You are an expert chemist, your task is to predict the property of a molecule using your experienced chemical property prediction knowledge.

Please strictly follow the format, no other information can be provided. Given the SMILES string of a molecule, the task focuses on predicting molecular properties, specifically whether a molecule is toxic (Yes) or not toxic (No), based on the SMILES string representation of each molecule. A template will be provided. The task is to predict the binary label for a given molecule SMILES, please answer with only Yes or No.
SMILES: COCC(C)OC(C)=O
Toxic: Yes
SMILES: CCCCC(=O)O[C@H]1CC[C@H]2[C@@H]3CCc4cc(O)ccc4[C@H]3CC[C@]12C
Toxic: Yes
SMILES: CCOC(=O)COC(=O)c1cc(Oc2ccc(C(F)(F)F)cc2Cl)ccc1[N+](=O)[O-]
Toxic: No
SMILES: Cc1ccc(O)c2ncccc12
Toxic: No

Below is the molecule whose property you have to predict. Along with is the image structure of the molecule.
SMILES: CC1(C)S[C@@H]2[C@H](NC(=O)COc3ccccc3)C(=O)N2[C@H]1C(=O)[O-]
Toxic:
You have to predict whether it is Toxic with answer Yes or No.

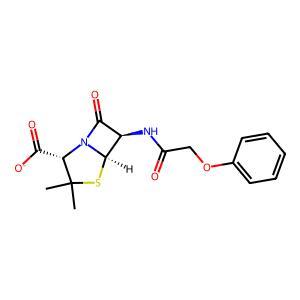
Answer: No